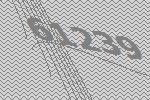
61239